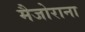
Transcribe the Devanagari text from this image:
मैजोराना